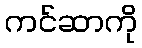
ကင်ဆာကို